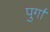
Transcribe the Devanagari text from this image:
पुर्गा